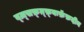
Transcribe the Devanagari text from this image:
व्ज़्सफ़्ग़्फ़्बःफ़ॅफ़दीन